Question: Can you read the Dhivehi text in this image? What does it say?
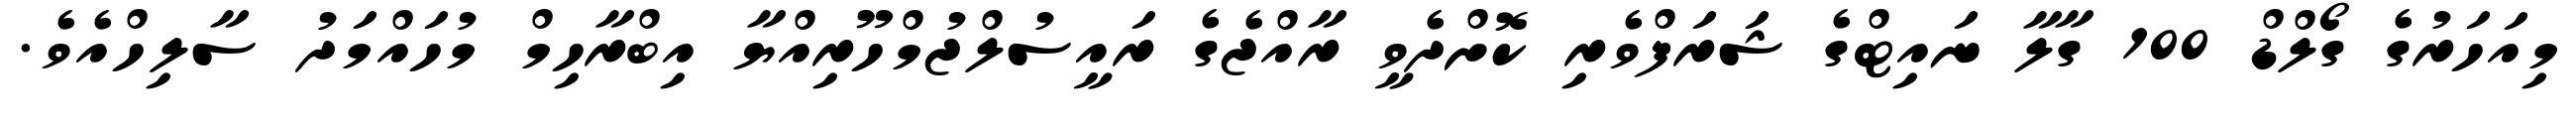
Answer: މިއަހަރުގެ ގޯލްޑް 100 ގާލާ ނައިޓްގެ ޝަރަފްވެރި ކޮށްދެވީ ރާއްޖެގެ ރައީސުލްޖުމްހޫރިއްޔާ އިބްރާހިމް މުހައްމަދު ސާލިހްއެވެ.